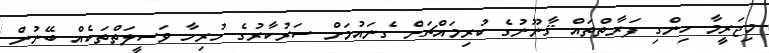
މިޖަރީމާ ހިންގި ފަރާތްތައް ޤާނޫނުގެ ކުރިމައްޗަށް ގެނައުމަށް ސަރުކާރުގެ ހުރިހާ ވަސީލަތްތަކެއް ބޭނުން